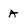
Character: A